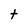
Character: t